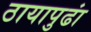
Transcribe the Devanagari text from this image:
ठायापुढां